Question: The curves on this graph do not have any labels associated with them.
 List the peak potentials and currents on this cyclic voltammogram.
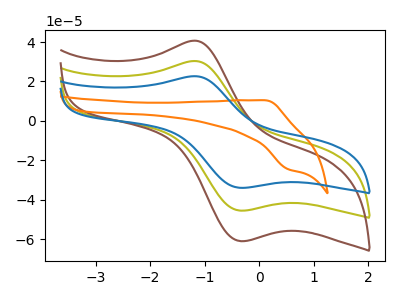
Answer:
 <answer>The olive curve "olive" has an anodic peak at (-1.20V, 30.35uA) and a cathodic peak at (-0.35V, -45.55uA). The brown curve "brown" has an anodic peak at (-1.20V, 60.70uA) and a cathodic peak at (-0.35V, -91.15uA). The orange curve "orange" has an anodic peak at (0.10V, 10.45uA) and a cathodic peak at (0.55V, -24.60uA). The blue curve "blue" has an anodic peak at (-1.20V, 22.65uA) and a cathodic peak at (-0.35V, -34.00uA).</answer>
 <eval></eval>